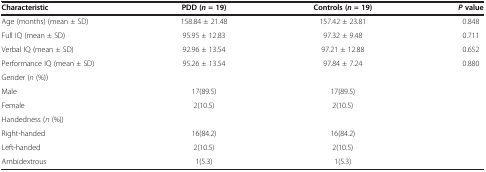
<table><thead><tr><td><b>Characteristic</b></td><td><b>PDD (<i>n </i>= 19)</b></td><td><b>Controls (<i>n </i>= 19)</b></td><td><b><i>P </i>value</b></td></tr></thead><tbody><tr><td>Age (months) (mean ± SD)</td><td>158.84 ± 21.48</td><td>157.42 ± 23.81</td><td>0.848</td></tr><tr><td>Full IQ (mean ± SD)</td><td>95.95 ± 12.83</td><td>97.32 ± 9.48</td><td>0.711</td></tr><tr><td>Verbal IQ (mean ± SD)</td><td>92.96 ± 13.54</td><td>97.21 ± 12.88</td><td>0.652</td></tr><tr><td>Performance IQ (mean ± SD)</td><td>95.26 ± 13.54</td><td>97.84 ± 7.24</td><td>0.880</td></tr><tr><td>Gender (<i>n</i> (%))</td><td> </td><td> </td><td> </td></tr><tr><td>Male</td><td>17(89.5)</td><td>17(89.5)</td><td> </td></tr><tr><td>Female</td><td>2(10.5)</td><td>2(10.5)</td><td> </td></tr><tr><td>Handedness (<i>n</i> (%))</td><td> </td><td> </td><td> </td></tr><tr><td>Right-handed</td><td>16(84.2)</td><td>16(84.2)</td><td> </td></tr><tr><td>Left-handed</td><td>2(10.5)</td><td>2(10.5)</td><td> </td></tr><tr><td>Ambidextrous</td><td>1(5.3)</td><td>1(5.3)</td><td> </td></tr></tbody></table>